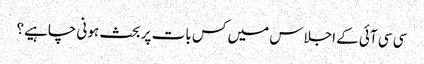
سی سی آئی کے اجلاس میں کس بات پر بحث ہونی چاہیے؟